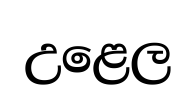
උළෙල